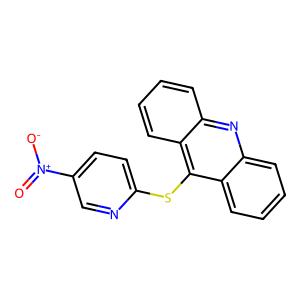
SMILES: O=[N+]([O-])c1ccc(Sc2c3ccccc3nc3ccccc23)nc1
Inhibits HIV replication: No